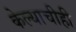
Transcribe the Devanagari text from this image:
केल्याचीही